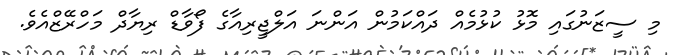
މި ސީޒަނުގައި މޮޅު ކުޅުމެއް ދައްކަމުން އަންނަ އަލްޖީރިއާގެ ފޯވާޑް ރިޔާދް މަހްރޭޒްއެވެ.